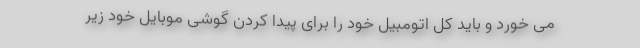
می خورد و باید کل اتومبیل خود را برای پیدا کردن گوشی موبایل خود زیر